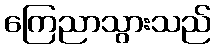
ကြေညာသွားသည်